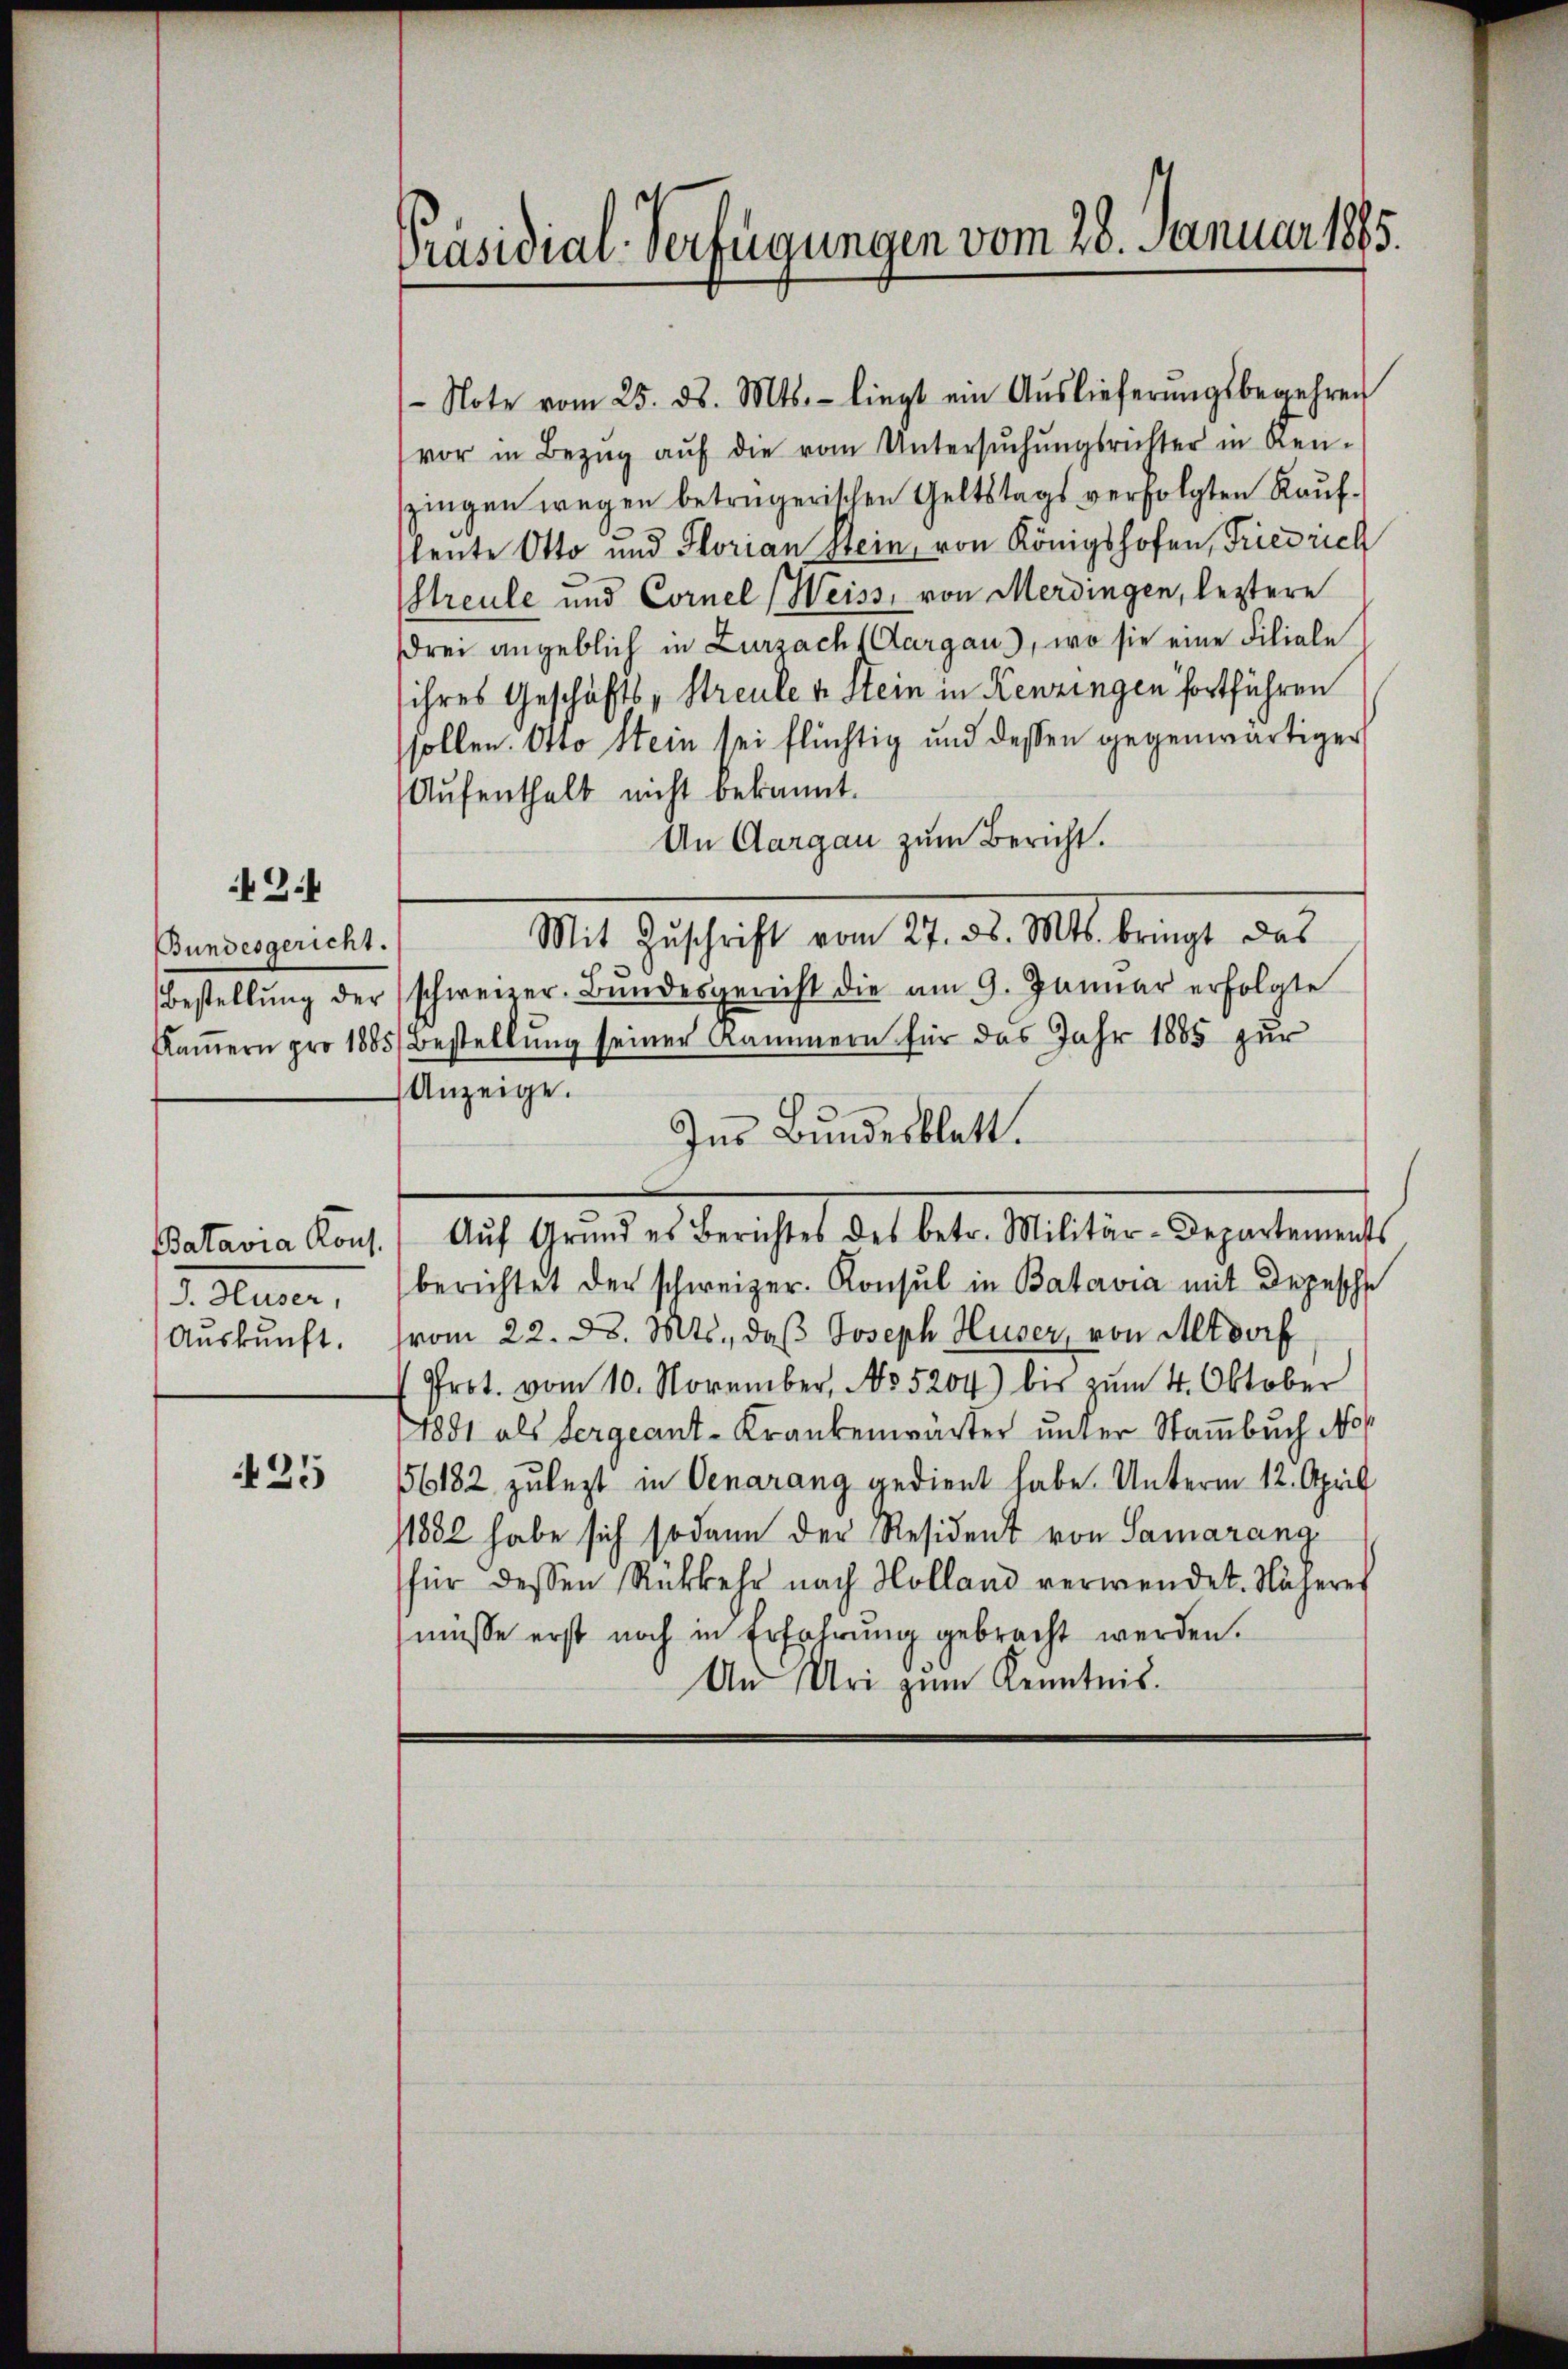
34

Bundesgericht.
Bestellung der
Kammern pro 1885

Batavia Kons.
J. Huser,
Auskunft.

25

Präsidial-Verfügungen vom 28. Januar 1885.

-Note vom 25. ds. Mts. - liegt ein Aŭslieferŭngsbegehren
vor in Bezŭg aŭf die vom Untersŭchŭngsrichter in Ken-
zingen wegen betrügerischen Geltstags verfolgten Kaufleute Otto und Florian Stein, von Königshofen, Friedrich
Streule und Cornel (Weiss, von Merdingen, leztere
ddrei angeblich in Zurzach Aargau, wo sie eine Filiale
ihres Geschäfts- Streule v. Stein in Kenzingen fortführen
sollen. Otto Stein sei flüchtig und dessen gegenwärtiger
Aufenthalt nicht bekannt.
An Aargau zum Bericht.
Mit Zuschrift vom 27. ds. Mts. bringt das
schweizer. Bŭndesgericht die am 9. Januar erfolgte
Bestellung seiner Kammern für das Jahr 1885 zur
Anzeige.
Ins Bundesblatt.
Aŭf Grŭnd es Berichtes des betr. Militär-Departements
berichtet der schweizer. Konsul in Batavia mit Depesche
vom 22. d. Mts., daβ Joseph Huser, von Altdorf
Prot. vom 10. November, No 5204) bis zum 4. Oktober
1891 als Sergeant-Krankenwärter unter Stammbuch No 1
56182 zulezt in Oenarang gedient habe. Unterm 12. April
1882 habe sich sodann der Resident von Samarang
für dessen Rükkehr nach Holland verwendet. Näheres
müsse erst noch in Erfahrung gebracht werden.
An Uri zum Kenntnis.